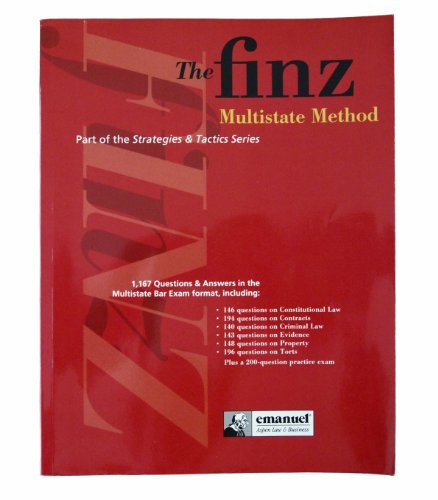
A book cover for The Finz Multistate Method; Steven R. Finz; Crafts, Hobbies & Home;